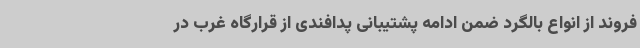
فروند از انواع بالگرد ضمن ادامه پشتیبانی پدافندی از قرارگاه غرب در